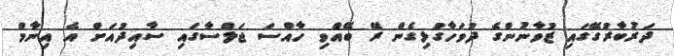
ދަރުބާރުގޭގައި ޒުވާނުންގެ ދުވަހާގުޅިގެން ރޭ ބޭއްވި ހާއްސަ ޖަލްސާގައި ސާއިދުއަށް އެ އިނާމް